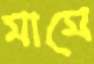
মামে